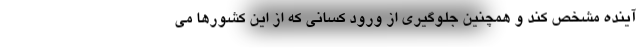
آینده مشخص کند و همچنین جلوگیری از ورود کسانی که از این کشورها می